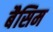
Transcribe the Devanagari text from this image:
बैसिम